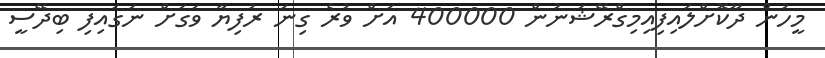
މީހުން ދޫކޮށްލައިފިއިމިގްރޭޝަނުން 400000 އަށް ވުރެ ގިނަ ރުފިޔާ ވަގަށް ނަގައިފި ބިދޭސީ